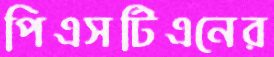
পিএসটিএনের